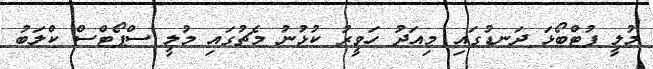
މުލީ ފުޓްބޯޅަ ދަނޑުގައި މިއަދު ހަވީރު ކުޅުނު މެޗުގައި މުލީ ސްޕޯޓްސް ކްލަބު